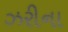
ઝરીના